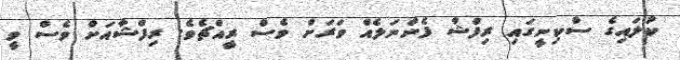
ކުލައިގެ ސްކިނީގައި ރިފްޝާ ފެންނަލެއް ވަރަށް ވެސް ރީއްޗެވެ. ރިފްޝާއަށް ވެސް ވީ